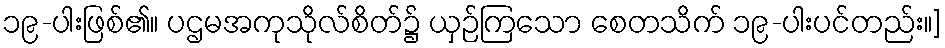
၁၉-ပါးဖြစ်၏။ ပဌမအကုသိုလ်စိတ်၌ ယှဉ်ကြသော စေတသိက် ၁၉-ပါးပင်တည်း။]